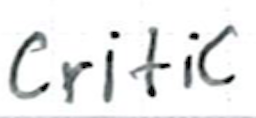
Text: critic
Cross-out: clean
Writing tool: ballpoint